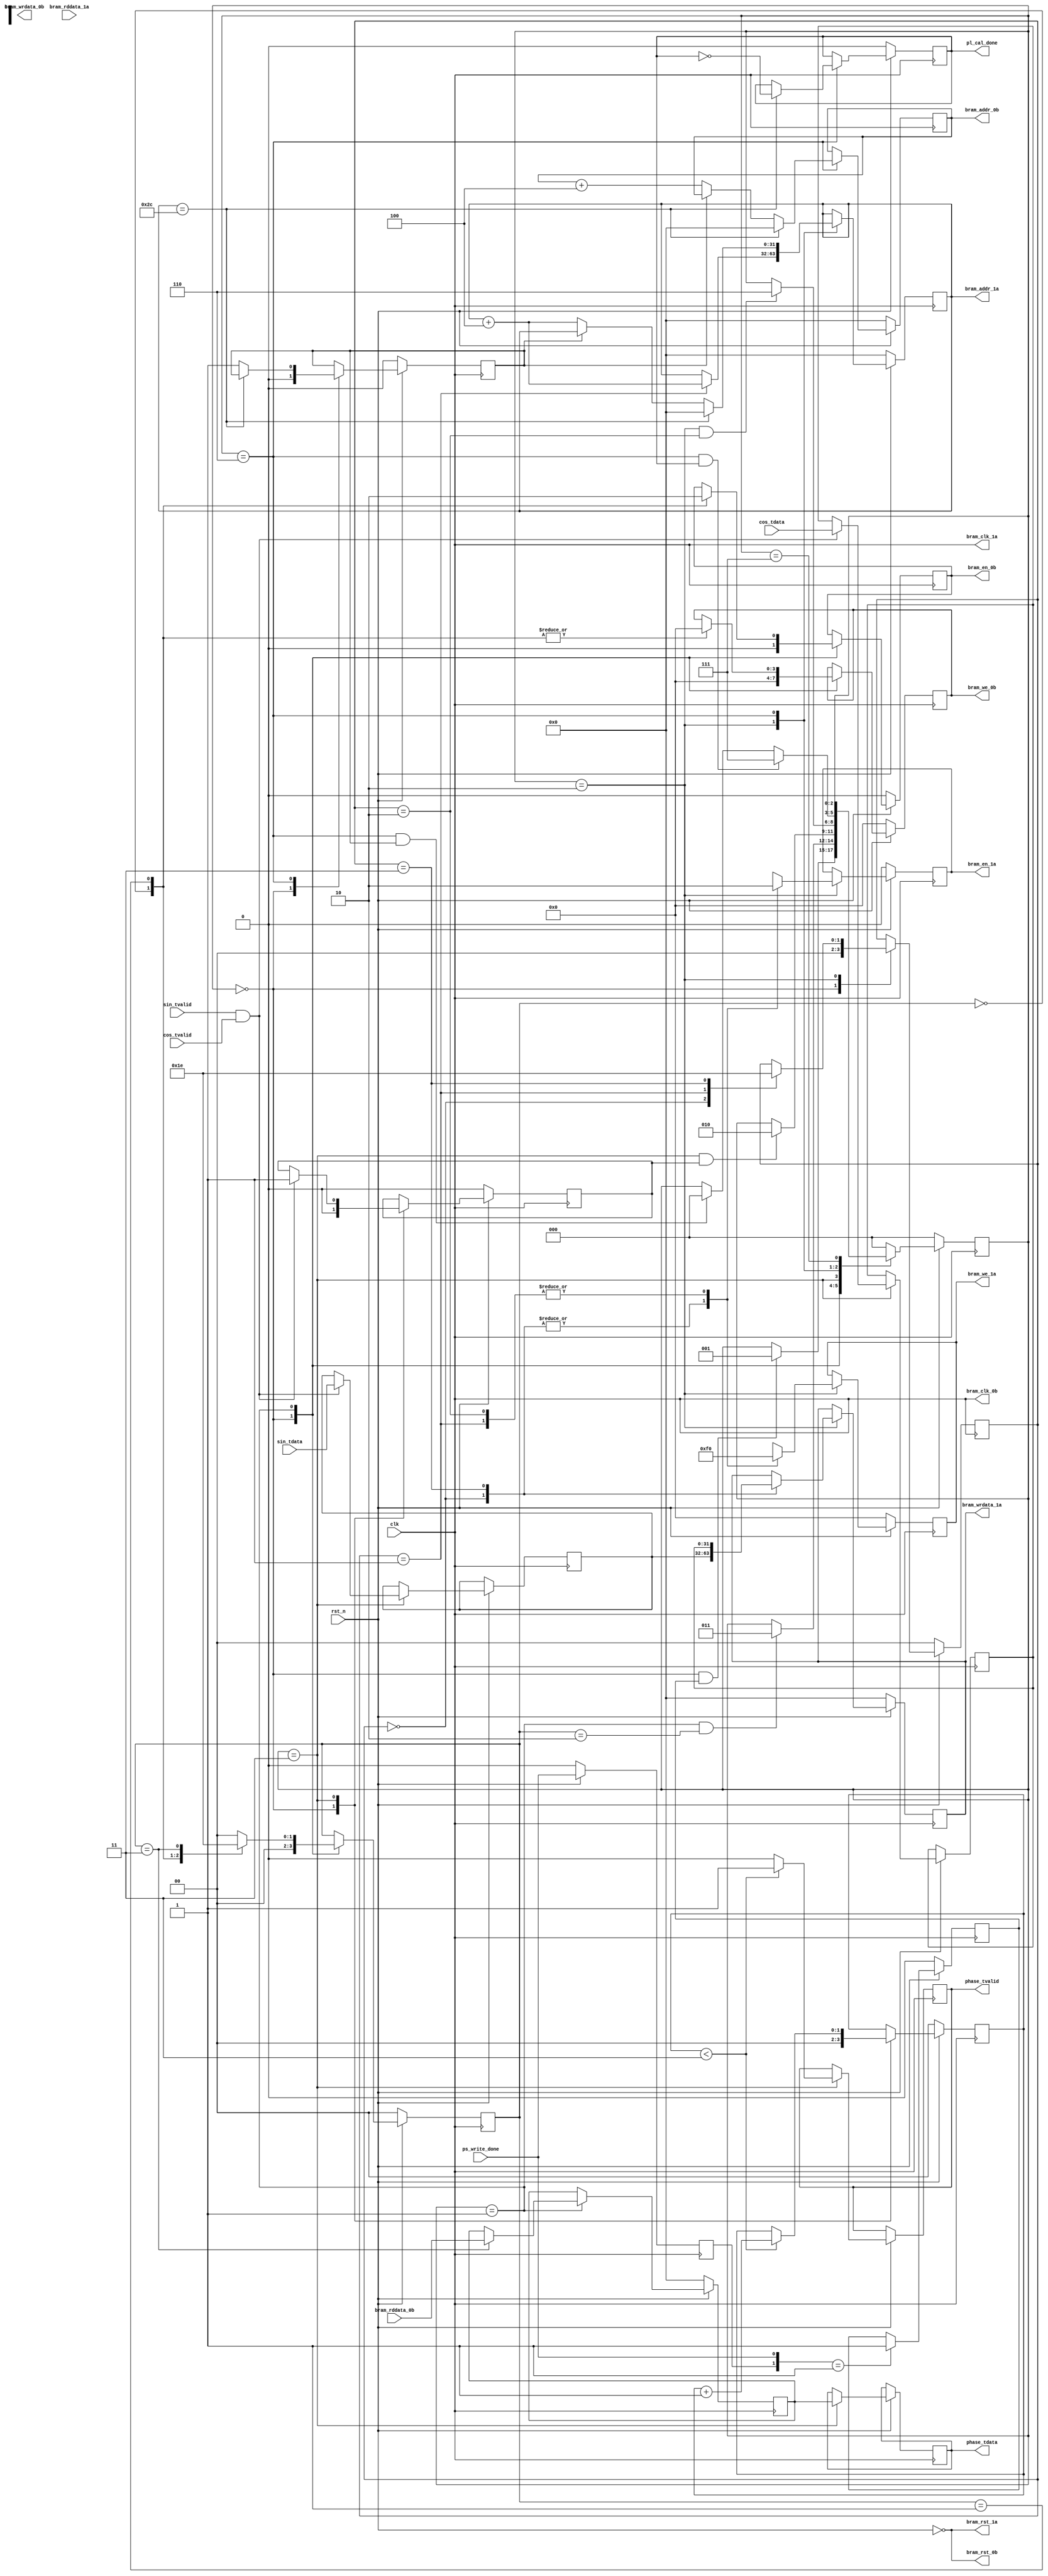
`timescale 1ns / 1ps
//////////////////////////////////////////////////////////////////////////////////
// Company: 
// 
// Design Name: 
// Module Name: PL_Calculate
// Project Name: 
// Target Devices: 
// Tool Versions: 
// Description: 
// 
// Dependencies: 
// 
// Revision:
// Revision 0.01 - File Created
// Additional Comments:
// 
//////////////////////////////////////////////////////////////////////////////////


module PL_Calculate(
    clk,
    rst_n,
    ps_write_done,
    pl_cal_done,
    bram_addr_0b,
    bram_clk_0b,
    bram_wrdata_0b,
    bram_rddata_0b,
    bram_en_0b,
    bram_rst_0b,
    bram_we_0b,
    bram_addr_1a,
    bram_clk_1a,
    bram_wrdata_1a,
    bram_rddata_1a,
    bram_en_1a,
    bram_rst_1a,
    bram_we_1a,
    phase_tdata,
    phase_tvalid,
    sin_tdata,
    sin_tvalid,
    cos_tdata,
    cos_tvalid
    );

    //
    input clk;
    input rst_n;
    
    input ps_write_done;
    output pl_cal_done;
    
    output [31:0]bram_addr_0b;
    output bram_clk_0b;
    output [31:0]bram_wrdata_0b;
    input [31:0]bram_rddata_0b;
    output bram_en_0b;
    output bram_rst_0b;
    output [3:0]bram_we_0b;
    
    output [31:0]bram_addr_1a;
    output bram_clk_1a;
    output [31:0]bram_wrdata_1a;
    input [31:0]bram_rddata_1a;
    output bram_en_1a;
    output bram_rst_1a;
    output [3:0]bram_we_1a;
    
    output [31:0]phase_tdata;
    output phase_tvalid;
    input [31:0]sin_tdata;
    input sin_tvalid;
    input [31:0]cos_tdata;
    input cos_tvalid;
    /*--------------------------------------------------*/
	wire clk;
	wire rst_n;
	
	wire ps_write_done;
	wire pl_cal_done;
	
	wire [31:0]bram_addr_0b;
	wire bram_clk_0b;
	wire [31:0]bram_wrdata_0b;
	wire [31:0]bram_rddata_0b;
	wire bram_en_0b;
	wire bram_rst_0b;
	wire [3:0]bram_we_0b;
	
	wire [31:0]bram_addr_1a;
	wire bram_clk_1a;
	wire [31:0]bram_wrdata_1a;
	wire [31:0]bram_rddata_1a;
	wire bram_en_1a;
	wire bram_rst_1a;
	wire [3:0]bram_we_1a;
	//cordic
	wire [31:0]phase_tdata;
	wire phase_tvalid;
	wire [31:0]sin_tdata;
	wire sin_tvalid;
	wire [31:0]cos_tdata;
	wire cos_tvalid;
	//
	wire idle_s1_start;
	wire s1_s2_start;
	wire s2_s3_start;
	wire s3_s4_start;
	wire s4_s5_start;
	wire s4_idle_start;
	/*------------------------------------------------*/
	//
	reg ps_write_done_reg_0;
	reg ps_write_done_reg_1;
	reg pl_cal_done_reg;
	//BRAM_0b
	reg [31:0]bram_addr_0b_reg;
	reg [31:0]bram_rddata_0b_reg;
	reg bram_en_0b_reg;
	reg [3:0]bram_we_0b_reg;
	//BRAM_1a
	reg [31:0]bram_addr_1a_reg;
	reg [31:0]bram_wrdata_1a_reg;
	reg bram_en_1a_reg;
	reg [3:0]bram_we_1a_reg;
	//
	reg [2:0]state_current;
	reg [2:0]state_next;
	reg [1:0]subState1;
	reg [1:0]subState3;
	//cordic
	reg [31:0]phase_tdata_reg;
	reg phase_tvalid_reg;
	reg [31:0]sin_data_reg;
	reg [31:0]cos_data_reg;
	//phase_tvalid
	reg [1:0]phase_tvalid_cnt;
	//phase_sincos_flag
	reg phase_sincos_flag_reg;
	//s4_idle_flag
	reg s4_idle_flag_reg;
	/*------------------------------------------------*/
	//
	localparam  IDLE=3'b000,				//
				State1=3'b001,				//S1:BRAM0
				State2=3'b011,				//S2:phasesincos
				State3=3'b010,				//S3:BRAM1
				State4=3'b110,				//S4:
				State5=3'b111;				//S5:
	//State1
	localparam	subState10=2'b00,
				subState11=2'b01,
				subState12=2'b11,
				subState13=2'b10;
	//State3
	localparam	subState30=2'b00,
				subState31=2'b01,
				subState32=2'b11,
				subState33=2'b10;
	localparam  BRAM1_ADDRESS_HIGH = 32'd48 - 32'd4;
	/*------------------------------------------------*/
	assign pl_cal_done=pl_cal_done_reg;
	
	assign bram_clk_0b=clk;
	assign bram_rst_0b=~rst_n;
	assign bram_addr_0b=bram_addr_0b_reg;
	assign bram_en_0b=bram_en_0b_reg;
	assign bram_we_0b=bram_we_0b_reg;
	
	assign bram_clk_1a=clk;
	assign bram_rst_1a=~rst_n;
	assign bram_addr_1a=bram_addr_1a_reg;
	assign bram_wrdata_1a=bram_wrdata_1a_reg;
	assign bram_en_1a=bram_en_1a_reg;
	assign bram_we_1a=bram_we_1a_reg;
	
	assign phase_tdata=phase_tdata_reg;
	assign phase_tvalid=phase_tvalid_reg;
	/*------------------------------------------------*/
	//ps_write_done
	always @ (posedge clk)
	begin
		if(!rst_n)
			ps_write_done_reg_0<=1'b0;
		else
			ps_write_done_reg_0<=ps_write_done;
	end
	
	always @ (posedge clk)
	begin
		if(!rst_n)
			ps_write_done_reg_1<=1'b0;
		else if ({ps_write_done_reg_0,ps_write_done}==2'b01)
			ps_write_done_reg_1<=1'b1;
		else
			ps_write_done_reg_1<=ps_write_done_reg_1;
	end	
	/*------------------------------------------------*/
	//,
	//
	always@(posedge clk)
	begin
		if(!rst_n)
			state_current<=IDLE;
		else
			state_current<=state_next;
	end
	//
	always@(*)
	begin
		case(state_current)
		IDLE:
			begin
				if(idle_s1_start)
					state_next = State1;
				else
					state_next = state_current;
			end
		State1:
			begin
				if(s1_s2_start)
					state_next = State2;
				else
					state_next = state_current;
			end
		State2:
			begin
				if(s2_s3_start)
					state_next = State3;
				else
					state_next = state_current;
			end
		State3:
			begin
				if(s3_s4_start)
					state_next = State4;
				else
					state_next = state_current;
			end
		State4:
			begin
				if(s4_s5_start)
					state_next = State5;
				else if(s4_idle_start)
					state_next = IDLE;
				else
					state_next = state_current;
			end
		State5:
			state_next = state_current;
		default:
			state_next = IDLE; 	
		endcase
	end
	//
	assign idle_s1_start = (state_current==IDLE) && (ps_write_done_reg_1==1'b1);
	assign s1_s2_start = (state_current==State1) && (subState1==subState13);
	assign s2_s3_start = (state_current==State2) && (phase_sincos_flag_reg==1'b1);
	assign s3_s4_start = (state_current==State3) && (subState3==subState33);
	assign s4_s5_start = (state_current==State4) && (pl_cal_done_reg==1'b1);
	assign s4_idle_start = (state_current==State4) && (s4_idle_flag_reg==1'b1);
	//
	always@(posedge clk)
	begin
		if(!rst_n)
		begin
			bram_addr_0b_reg<=32'd0;
			bram_en_0b_reg<=1'b0;
			bram_we_0b_reg<=4'd0;
			bram_rddata_0b_reg<=32'd0;
				
			bram_addr_1a_reg<=32'd0;
			bram_wrdata_1a_reg<=32'd0;
			bram_en_1a_reg<=1'b0;
			bram_we_1a_reg<=4'd0;

			pl_cal_done_reg<=1'b0;

			phase_sincos_flag_reg<=1'b0;
			subState1<=subState10;
			subState3<=subState30;
			phase_tvalid_cnt<=2'b0;
			s4_idle_flag_reg<=1'b0;
		end 
		else begin
			case(state_current)
			IDLE:
				begin
					subState1<=subState10;
					subState3<=subState30;
					phase_sincos_flag_reg<=1'b0;
					phase_tvalid_cnt<=2'b0;
					s4_idle_flag_reg<=1'b0;
					bram_en_0b_reg<=1'b0;
					bram_we_0b_reg<=4'd0;
				end
			State1:
				begin
					case(subState1)
					subState10:
						begin
							bram_en_0b_reg<=1'b1;
							bram_we_0b_reg<=4'd0;
							subState1 <= subState11;
						end
					subState11:
						begin
							bram_en_0b_reg<=1'b0;
							bram_we_0b_reg<=4'd0;
							subState1 <= subState12;
						end
					subState12:
						begin
							bram_rddata_0b_reg<=bram_rddata_0b;
							subState1 <= subState13;
						end
					default:
						subState1 <= subState10;
					endcase
				end
			State2:
				begin
					phase_tdata_reg <= bram_rddata_0b_reg;
					if(phase_tvalid_cnt < 2'b11)
					begin	
						phase_tvalid_reg <= 1'b1;
						phase_tvalid_cnt <= phase_tvalid_cnt+1'b1;
					end
					else
						phase_tvalid_reg <= 1'b0;

					if((sin_tvalid == 1'b1)&&(cos_tvalid == 1'b1))
					begin
						sin_data_reg <= sin_tdata;
						cos_data_reg <= cos_tdata;
						phase_sincos_flag_reg<=1'b1;
					end
				end
			State3:
				begin
					case(subState3)
					subState30: 
						begin
							bram_en_1a_reg<=1'b1;
							bram_we_1a_reg<=4'hf;
							bram_wrdata_1a_reg<=sin_data_reg;
							subState3<=subState31;
						end
					subState31:
						begin
							bram_en_1a_reg<=1'b0;
							bram_we_1a_reg<=4'h0;
							bram_addr_1a_reg<=bram_addr_1a_reg+32'd4;
							subState3<=subState32;
						end
					subState32:
						begin
							bram_en_1a_reg<=1'b1;
							bram_we_1a_reg<=4'hf;
							bram_wrdata_1a_reg<=cos_data_reg;
							subState3<=subState33;
						end
					subState33:
						begin
							bram_en_1a_reg<=1'b0;
							bram_we_1a_reg<=4'h0;
						end
					default:
						subState3<= subState30;
					endcase
				end
			State4:
				begin
					if(bram_addr_1a_reg==BRAM1_ADDRESS_HIGH)
					begin
						bram_addr_0b_reg<=32'd0;
						bram_addr_1a_reg<=32'd0;
						pl_cal_done_reg<=~pl_cal_done_reg;						
					end
					else if(s4_idle_flag_reg==1'b0)
					begin
						bram_addr_0b_reg<=bram_addr_0b_reg+32'd4;
						bram_addr_1a_reg<=bram_addr_1a_reg+32'd4;
						s4_idle_flag_reg<=1'b1;
 					end
				end
			default:;
			endcase
		end
	end
endmodule
/*
	always @ (posedge clk)
	begin
		if(!rst_n)
		begin
			state<=IDLE;
				
			bram_addr_0b_reg<=32'd0;
			bram_en_0b_reg<=1'b0;
			bram_we_0b_reg<=4'd0;
			bram_rddata_0b_reg<=32'd0;
				
			bram_addr_1a_reg<=32'd0;
			bram_wrdata_1a_reg<=32'd0;
			bram_en_1a_reg<=1'b0;
			bram_we_1a_reg<=4'd0;
			
			pl_cal_done_reg<=1'b0;
			
		end	
		else begin
			case(state)
			IDLE: begin
					if(ps_write_done_reg_1)
					begin
						bram_en_0b_reg<=1'b1;
						bram_we_0b_reg<=4'd0;
						state<=State1;
					end
					else begin
						state<=IDLE;
						bram_en_0b_reg<=1'b0;
						bram_we_0b_reg<=4'd0;
						bram_addr_0b_reg<=bram_addr_0b_reg;
						
						bram_en_1a_reg<=1'b0;
						bram_we_1a_reg<=4'd0;
						bram_addr_1a_reg<=bram_addr_1a_reg;
					end
				end
			State1: begin
					bram_en_0b_reg<=1'b0;
                    state<=State2;
                end
            State2:begin
					bram_rddata_0b_reg<=bram_rddata_0b;
					state<=State3;
				end
			State3: begin
					bram_en_1a_reg<=1'b1;
					bram_we_1a_reg<=4'hf;
					bram_wrdata_1a_reg<=bram_rddata_0b_reg+31'd2;
					state<=State4;
				end
			State4: begin
					bram_en_1a_reg<=1'b0;
					bram_en_0b_reg<=1'b0;
					bram_we_1a_reg<=4'd0;
					bram_we_0b_reg<=4'd0;
					if(bram_addr_1a_reg==BRAM_ADDRESS_HIGH)
					begin
						bram_addr_0b_reg<=32'd0;
						bram_addr_1a_reg<=32'd0;
						pl_cal_done_reg<=~pl_cal_done_reg;
						state<=State5;
					end
					else begin
						state<=IDLE;
						bram_addr_0b_reg<=bram_addr_0b_reg+32'd4;
						bram_addr_1a_reg<=bram_addr_1a_reg+32'd4;
					end
				end
			State5: begin
					state<=State5;
				end
			default: state<=IDLE;
			endcase
		end
	end*/